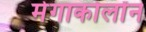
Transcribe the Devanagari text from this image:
मेगाकोलोंन